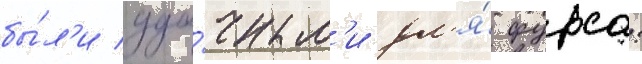
бы́л'и уда́чным'и дл'я́ фурса: